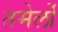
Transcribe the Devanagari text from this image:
तमेर्लो